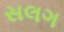
સલગ